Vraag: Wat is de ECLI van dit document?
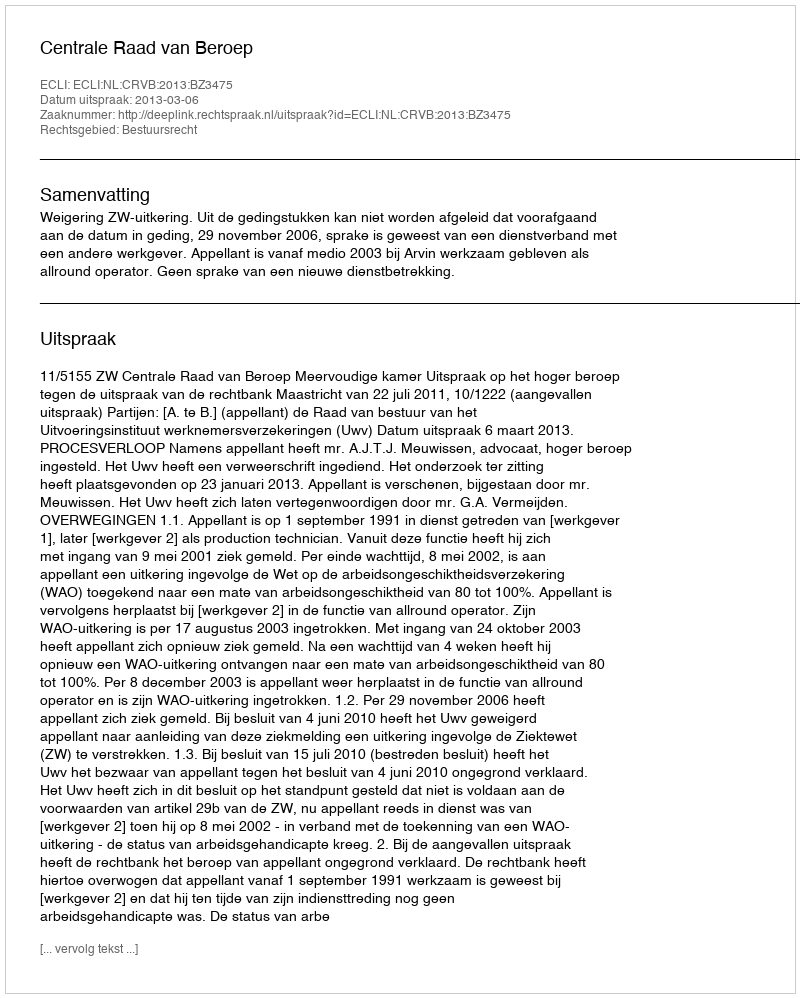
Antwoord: ECLI:NL:CRVB:2013:BZ3475